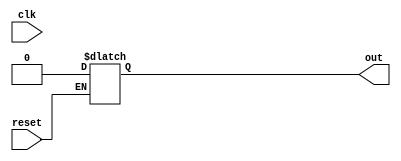
module async_reset (
    input wire clk,       // Clock signal
    input wire reset,     // Asynchronous reset signal
    output reg out        // Output signal
);

// Define the initial/reset value for 'out'
parameter RESET_VALUE = 1'b0;

always @* begin
    if (reset) begin
        out = RESET_VALUE; // Set output to reset value immediately
    end
end

always @(posedge clk) begin
    if (!reset) begin
        // Normal operation logic goes here
        // For example, you might want to toggle out or set it based on other inputs
        // out <= ...; // Your synchronous logic
    end
end

endmodule